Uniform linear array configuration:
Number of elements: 32
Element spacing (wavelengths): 0.25
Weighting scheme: hamming
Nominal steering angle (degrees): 45
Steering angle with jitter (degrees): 44.653
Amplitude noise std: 0.05
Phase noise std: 0.05

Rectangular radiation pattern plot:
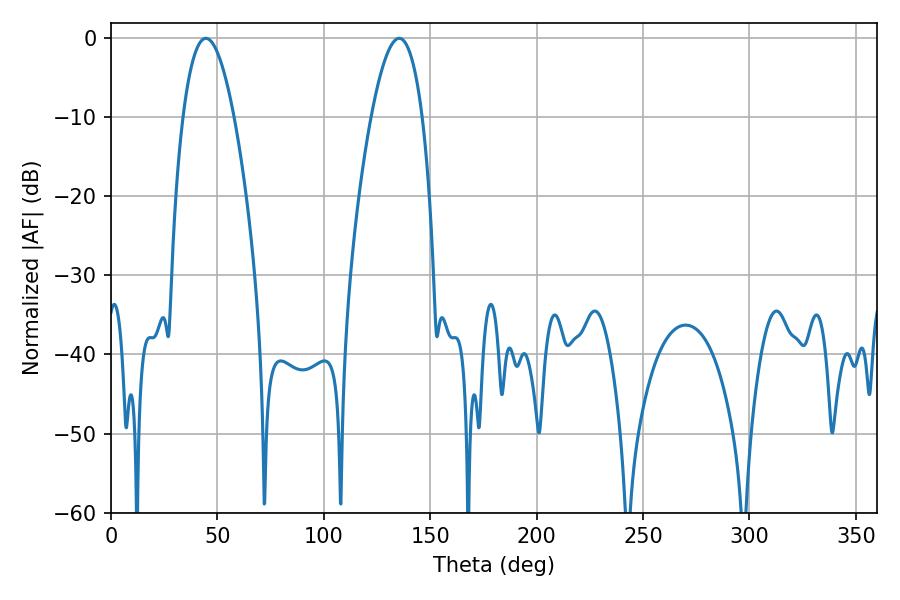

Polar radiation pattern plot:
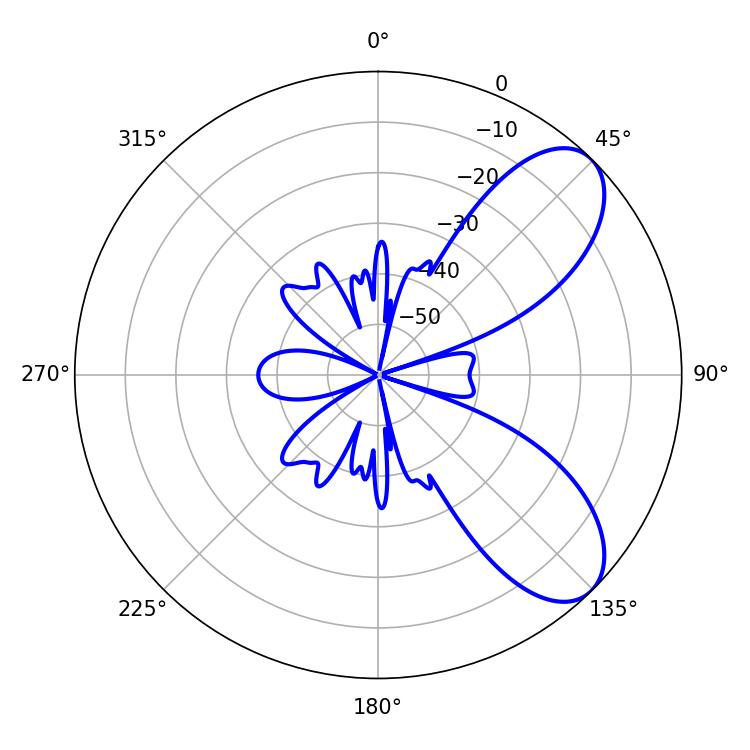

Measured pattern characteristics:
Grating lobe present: FALSE
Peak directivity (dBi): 7.581
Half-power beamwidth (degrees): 13.14
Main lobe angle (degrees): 44.64